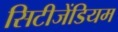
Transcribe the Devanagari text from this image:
सिटीजेंडियम